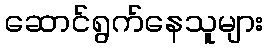
ဆောင်ရွက်နေသူများ